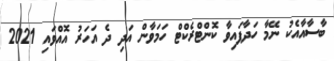
ބާސާއާއެކު ނޭމާ ހަދާފައިވާ ކޮންޓްރެކްޓް ހަމަވާން އަދި ދެ އަހަރު އޮއްވައި 2021